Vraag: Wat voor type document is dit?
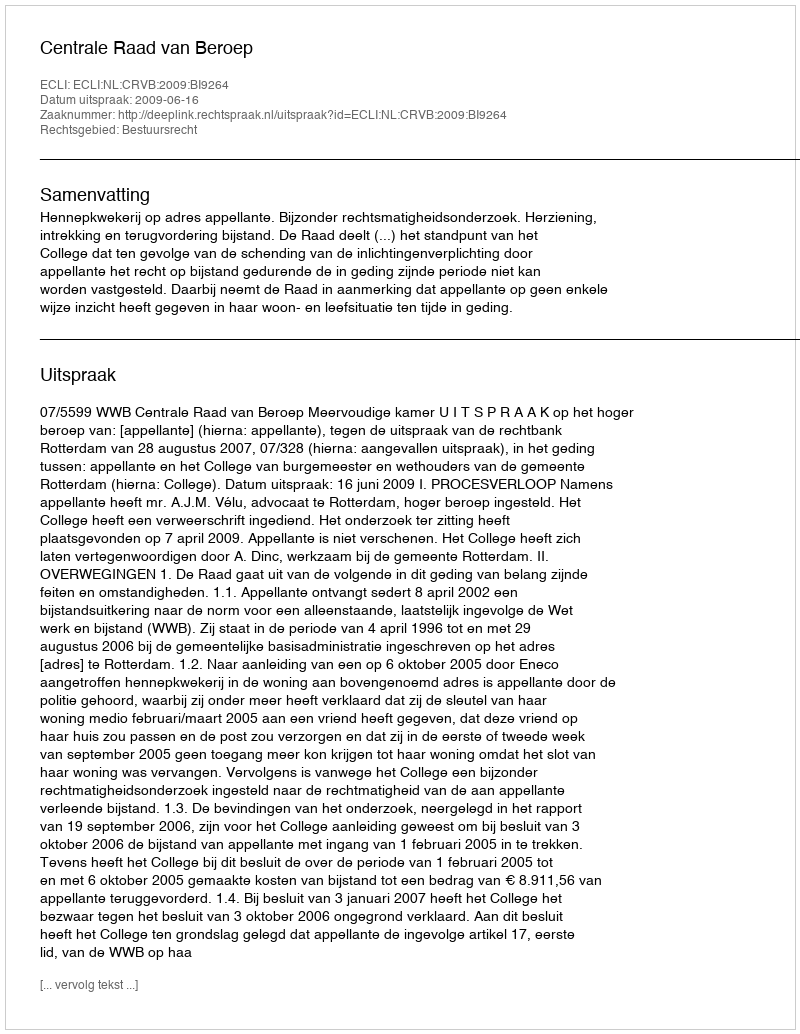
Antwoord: Uitspraak